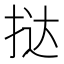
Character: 挞